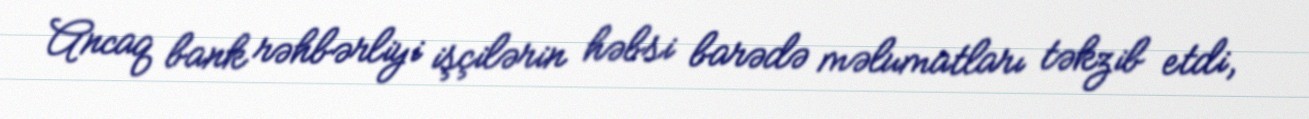
Ancaq bank rəhbərliyi işçilərin həbsi barədə məlumatları təkzib etdi,